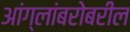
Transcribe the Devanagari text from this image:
आंग्लांबरोबरील